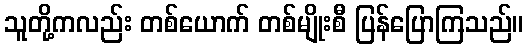
သူတို့ကလည်း တစ်ယောက် တစ်မျိုးစီ ပြန်ပြောကြသည်။